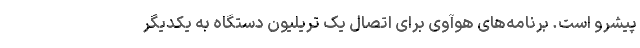
پیشرو است. برنامه‌های هوآوی برای اتصال یک تریلیون دستگاه به یکد‌یگر